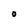
Character: O